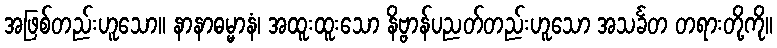
အဖြစ်တည်းဟူသော။ နာနာဓမ္မာနံ၊ အထူးထူးသော နိဗ္ဗာန်ပညတ်တည်းဟူသော အသင်္ခတ တရားတို့ကို။